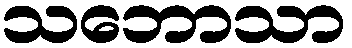
သဘောသာ